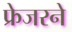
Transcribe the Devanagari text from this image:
फ्रेजरने